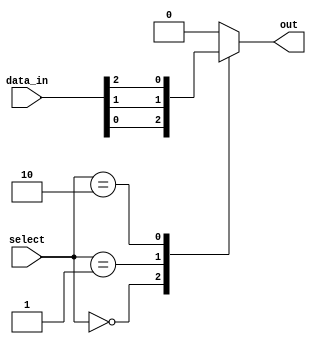
module mux_256to1(input [255:0] data_in,
                input [7:0] select,
                output reg out);

always @(*)
begin
    case(select)
        8'b00000000: out = data_in[0];
        8'b00000001: out = data_in[1];
        8'b00000010: out = data_in[2];
        // Repeat for all 256 input signals
        default: out = 0; // Default output if select is out of range
    endcase
end

endmodule